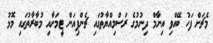
މެޗަށް ފަހު ބޭއްވި އިނާމް ދިނުމުގެ ރަސްމިއްޔާތުގައި ޗެންޕިއަން ޓީމަށާއި މުބާރާތުގައި މޮޅު